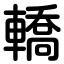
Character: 轎